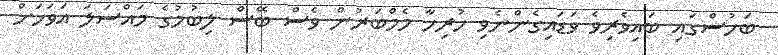
ބަހުސްގައި ބައިވެރިވެ ވަޑައިގެންނެވި ހުރިހާ މެމްބަރުން ވެސް ބޭސް ލިބުމުގެ މައްސަލަ އަވަހަށް